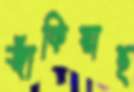
জাঁকিয়াছ